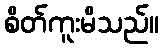
စိတ်ကူးမိသည်။